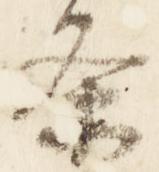
条